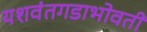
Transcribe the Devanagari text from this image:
यशवंतगडाभोवती